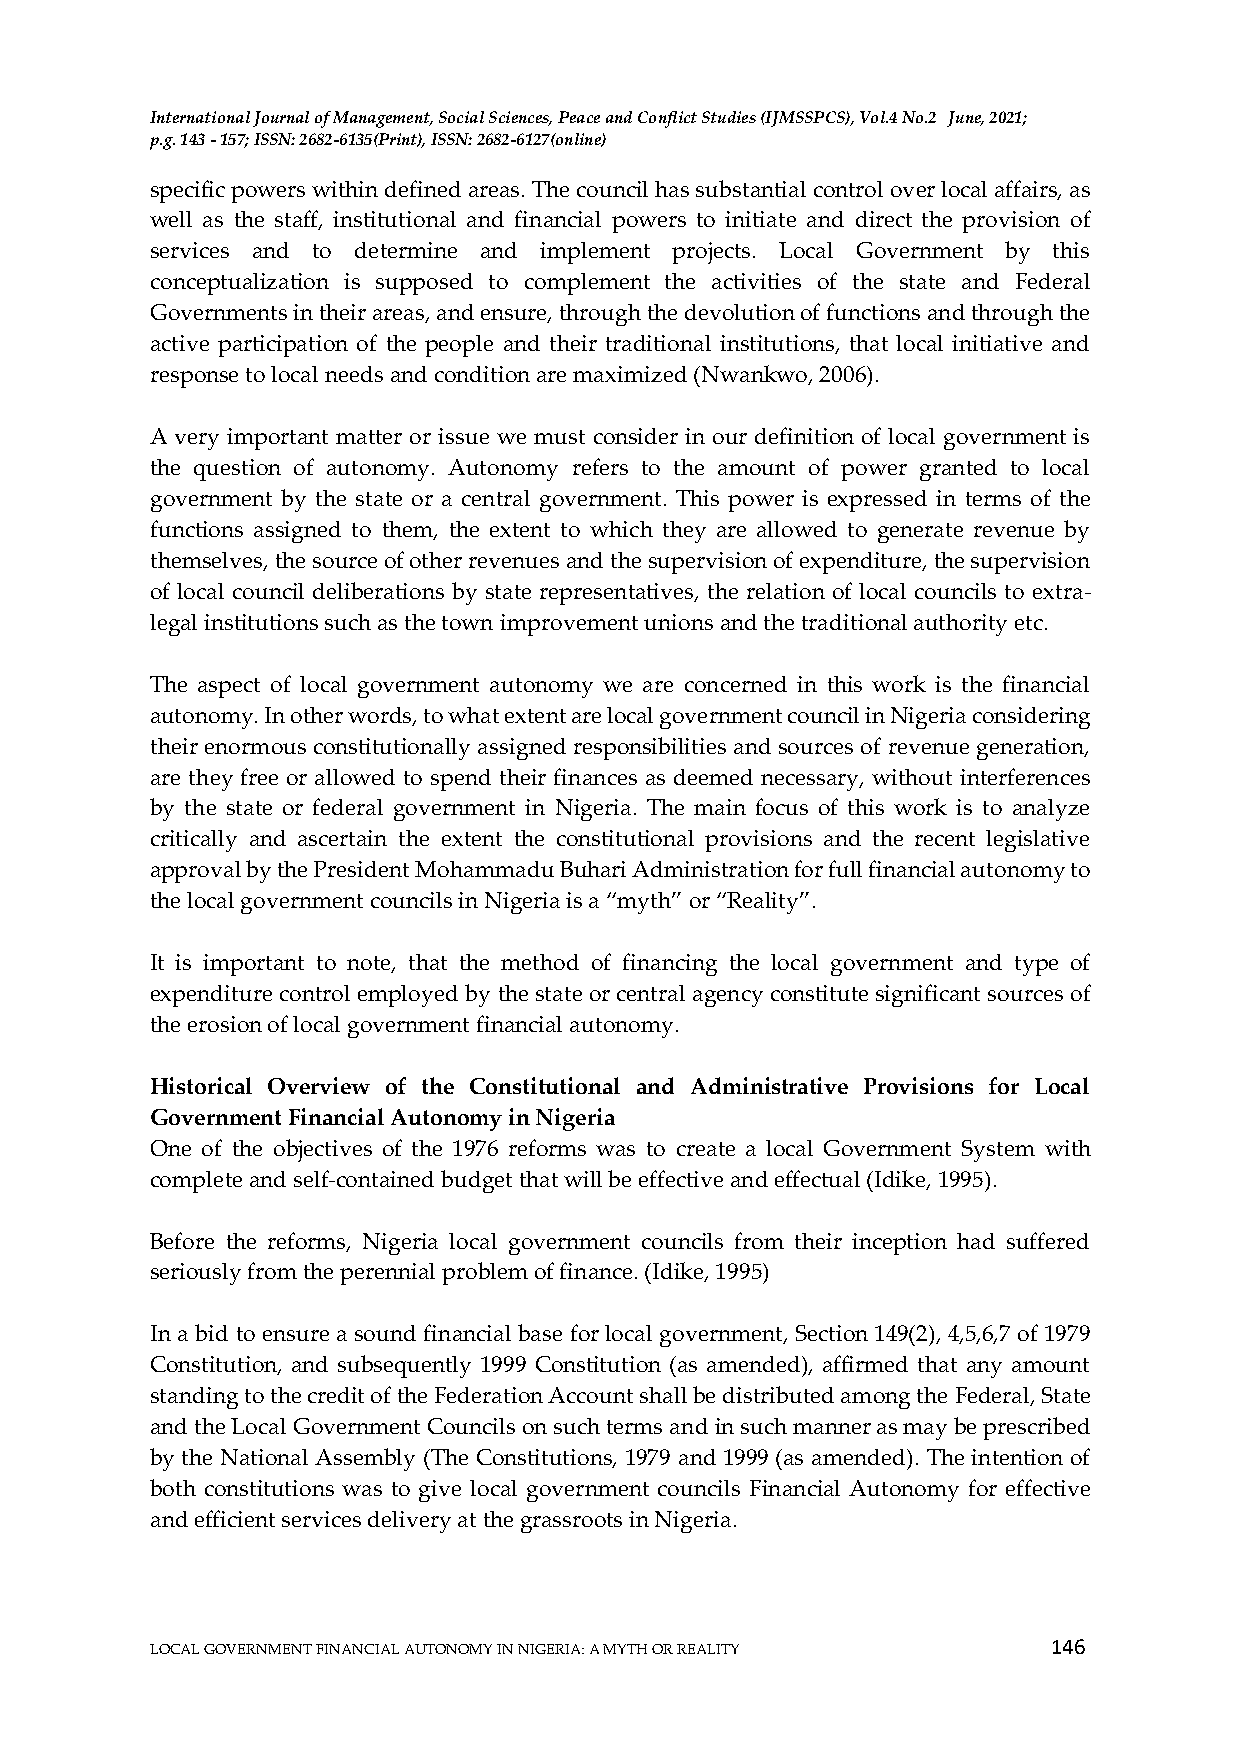
International Journal of Management, Social Sciences, Peace and Conflict Studies (IJMSSPCS), Vol.4 No.2 June, 2021;
 p.g. 143 - 157; ISSN: 2682-6135(Print), ISSN: 2682-6127(online)
 specific powers within defined areas. The council has substantial control over local affairs, as
 well as the staff, institutional and financial powers to initiate and direct the provision of
 services and to determine and implement projects. Local Government by this
 conceptualization is supposed to complement the activities of the state and Federal
 Governments in their areas, and ensure, through the devolution of functions and through the
 active participation of the people and their traditional institutions, that local initiative and
 response to local needs and condition are maximized (Nwankwo, 2006).
 A very important matter or issue we must consider in our definition of local government is
 the question of autonomy. Autonomy refers to the amount of power granted to local
 government by the state or a central government. This power is expressed in terms of the
 functions assigned to them, the extent to which they are allowed to generate revenue by
 themselves, the source of other revenues and the supervision of expenditure, the supervision
 of local council deliberations by state representatives, the relation of local councils to extra-
 legal institutions such as the town improvement unions and the traditional authority etc.
 The aspect of local government autonomy we are concerned in this work is the financial
 autonomy. In other words, to what extent are local government council in Nigeria considering
 their enormous constitutionally assigned responsibilities and sources of revenue generation,
 are they free or allowed to spend their finances as deemed necessary, without interferences
 by the state or federal government in Nigeria. The main focus of this work is to analyze
 critically and ascertain the extent the constitutional provisions and the recent legislative
 approval by the President Mohammadu Buhari Administration for full financial autonomy to
 the local government councils in Nigeria is a “myth” or “Reality”.
 It is important to note, that the method of financing the local government and type of
 expenditure control employed by the state or central agency constitute significant sources of
 the erosion of local government financial autonomy.
 Historical Overview of the Constitutional and Administrative Provisions for Local
 Government Financial Autonomy in Nigeria
 One of the objectives of the 1976 reforms was to create a local Government System with
 complete and self-contained budget that will be effective and effectual (Idike, 1995).
 Before the reforms, Nigeria local government councils from their inception had suffered
 seriously from the perennial problem of finance. (Idike, 1995)
 In a bid to ensure a sound financial base for local government, Section 149(2), 4,5,6,7 of 1979
 Constitution, and subsequently 1999 Constitution (as amended), affirmed that any amount
 standing to the credit of the Federation Account shall be distributed among the Federal, State
 and the Local Government Councils on such terms and in such manner as may be prescribed
 by the National Assembly (The Constitutions, 1979 and 1999 (as amended). The intention of
 both constitutions was to give local government councils Financial Autonomy for effective
 and efficient services delivery at the grassroots in Nigeria.
 146
 LOCAL GOVERNMENT FINANCIAL AUTONOMY IN NIGERIA: A MYTH OR REALITY